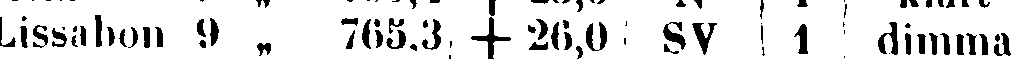
Lissabon 9 „ 765.3 + 26,0 SV | 1 | dimma